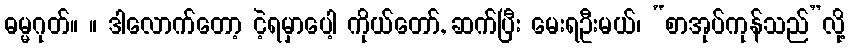
ဓမ္မဂုတ်။ ။ ဒါလောက်တော့ ငဲ့ရမှာပေါ့ ကိုယ်တော်, ဆက်ပြီး မေးရဦးမယ်၊ “စာအုပ်ကုန်သည်”လို့